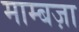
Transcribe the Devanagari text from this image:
माम्बज़ा